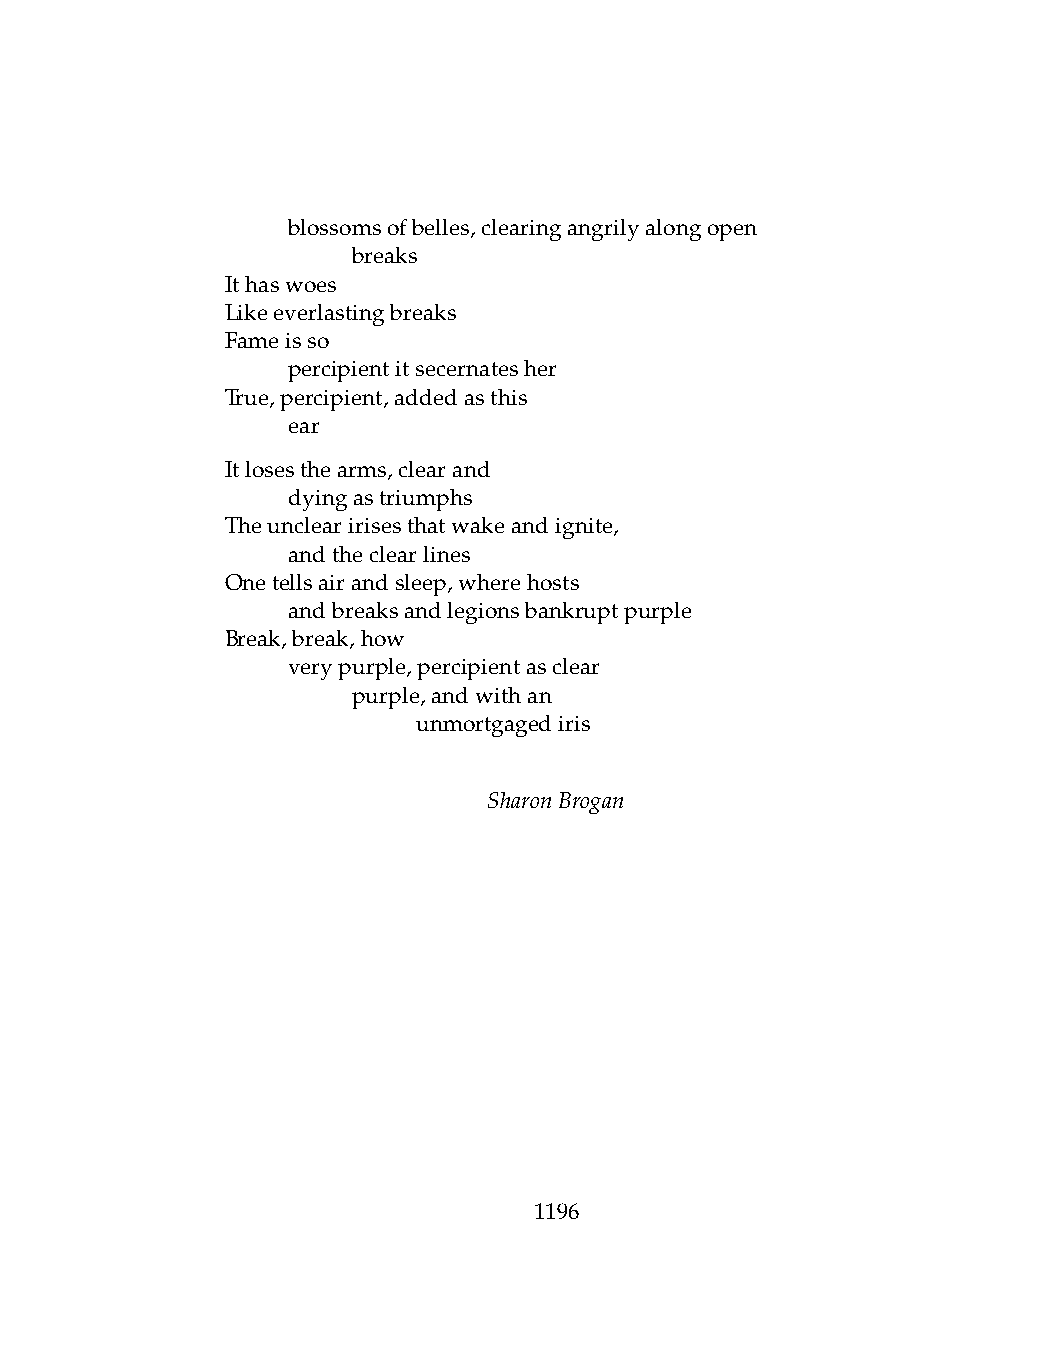
.   blossomsofbelles,clearingangrilyalongopen
 .   .   breaks
 Ithaswoes
 Likeeverlastingbreaks
 Fameisso
 .   percipientitsecernatesher
 True,percipient,addedasthis
 .   ear
 Itlosesthearms,clearand
 .   dyingastriumphs
 Theunclearirisesthatwakeandignite,
 .   andtheclearlines
 Onetellsairandsleep,wherehosts
 .   andbreaksandlegionsbankruptpurple
 Break,break,how
 .   verypurple,percipientasclear
 .   .   purple,andwithan
 .   .   .    unmortgagediris
 SharonBrogan
 1196